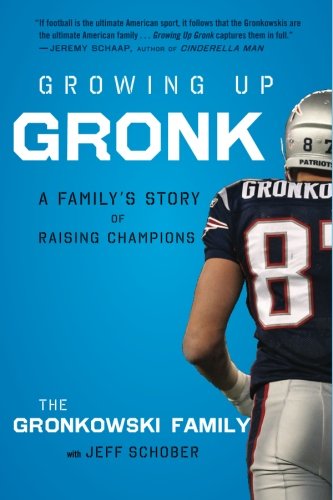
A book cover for Growing Up Gronk: A FamilyEEs Story of Raising Champions; Gordon Gronkowski; Biographies & Memoirs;